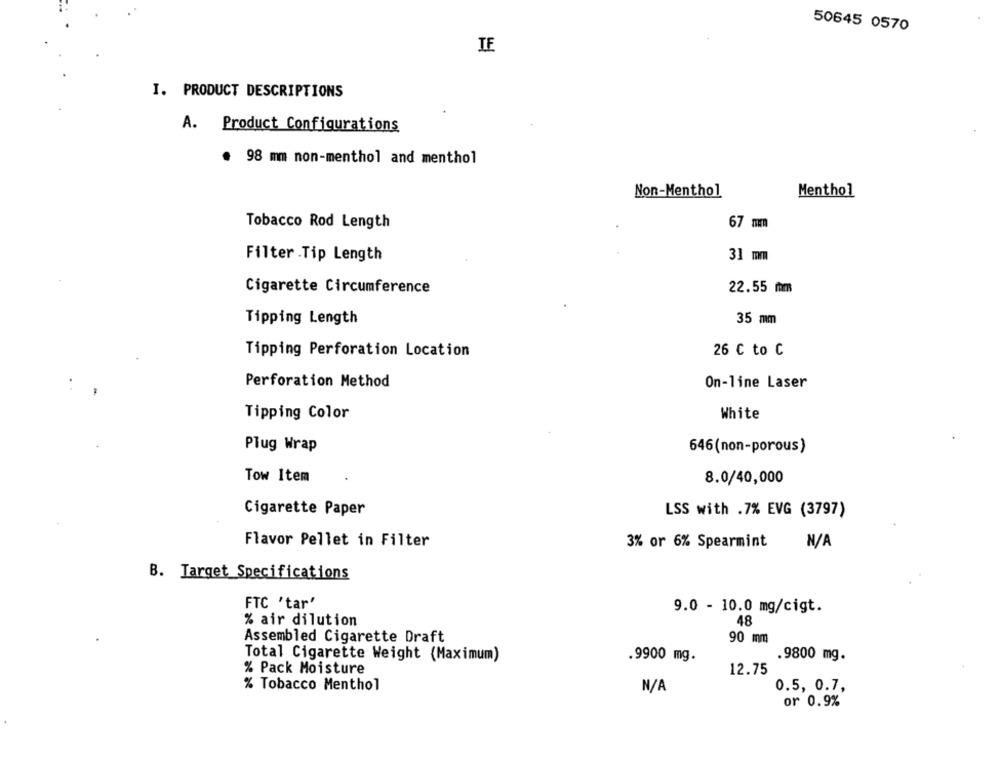
50645 0570
IE
I. PRODUCT DESCRIPTIONS
A. Product Configurations
. 98 mm non-menthol and menthol
Non-Menthol
Menthol
Tobacco Rod Length
67 mm
Filter .Tip Length
31 mm
Cigarette Circumference
22.55 mm
Tipping Length
35 mm
Tipping Perforation Location
26 C to C
Perforation Method
On-line Laser
Tipping Color
White
Plug Wrap
646(non-porous)
Tow Item
8.0/40,000
Cigarette Paper
LSS with .7% EVG (3797)
Flavor Pellet in Filter
3% or 6% Spearmint
B. Target Specifications
FTC 'tar'
9.0 - 10.0 mg/cigt.
% air dilution
48
90 mm
Assembled Cigarette Draft
Total Cigarette Weight (Maximum)
.9900 mg.
.9800 mg.
% Pack Moisture
12.75
% Tobacco Menthol
0.5, 0.7,
or 0.9%